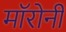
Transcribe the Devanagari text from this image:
मॉरोनी